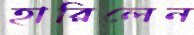
হারিলেন